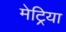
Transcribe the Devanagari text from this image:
मेट्रिया